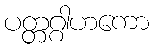
ပတ္တဂ္ဂါဟကော